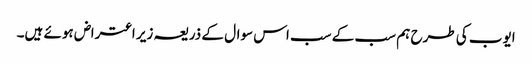
ایوب کی طرح ہم سب کے سب اس سوال کے ذریعہ زیر اعتراض ہوئے ہیں۔